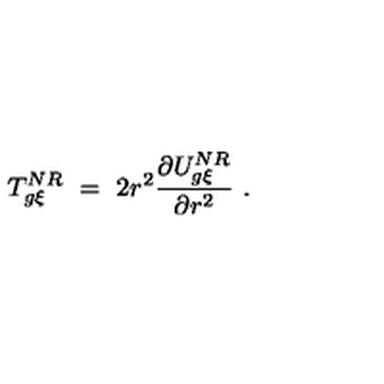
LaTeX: T _ { g \xi } ^ { N R } \ = \ 2 r ^ { 2 } \frac { \partial U _ { g \xi } ^ { N R } } { \partial r ^ { 2 } } \ .